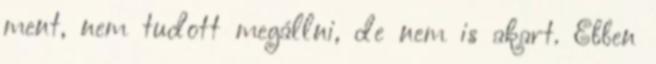
ment, nem tudott megállni, de nem is akart. Ebben